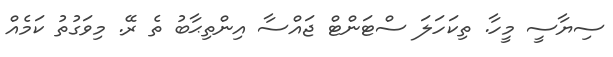
ސިޔާސީ މީހާ. ތިކަހަލަ ސްޓަންޓް ޖައްސާ އިންތިޙާބު ތެ ރޭ. މިވަގުތު ކަމެއް